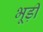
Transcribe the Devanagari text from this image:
भूड़ी